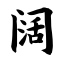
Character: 阔